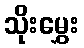
သိုးမွှေး